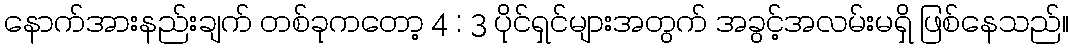
နောက်အားနည်းချက် တစ်ခုကတော့ 4 : 3 ပိုင်ရှင်များအတွက် အခွင့်အလမ်းမရှိ ဖြစ်နေသည်။